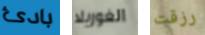
بادئ الغوريلا رزقت